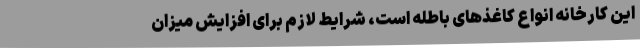
این کارخانه انواع کاغذهای باطله است، شرایط لازم برای افزایش میزان